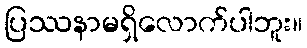
ပြဿနာမရှိလောက်ပါဘူး။